Jaarja_vallakohus, lk 6
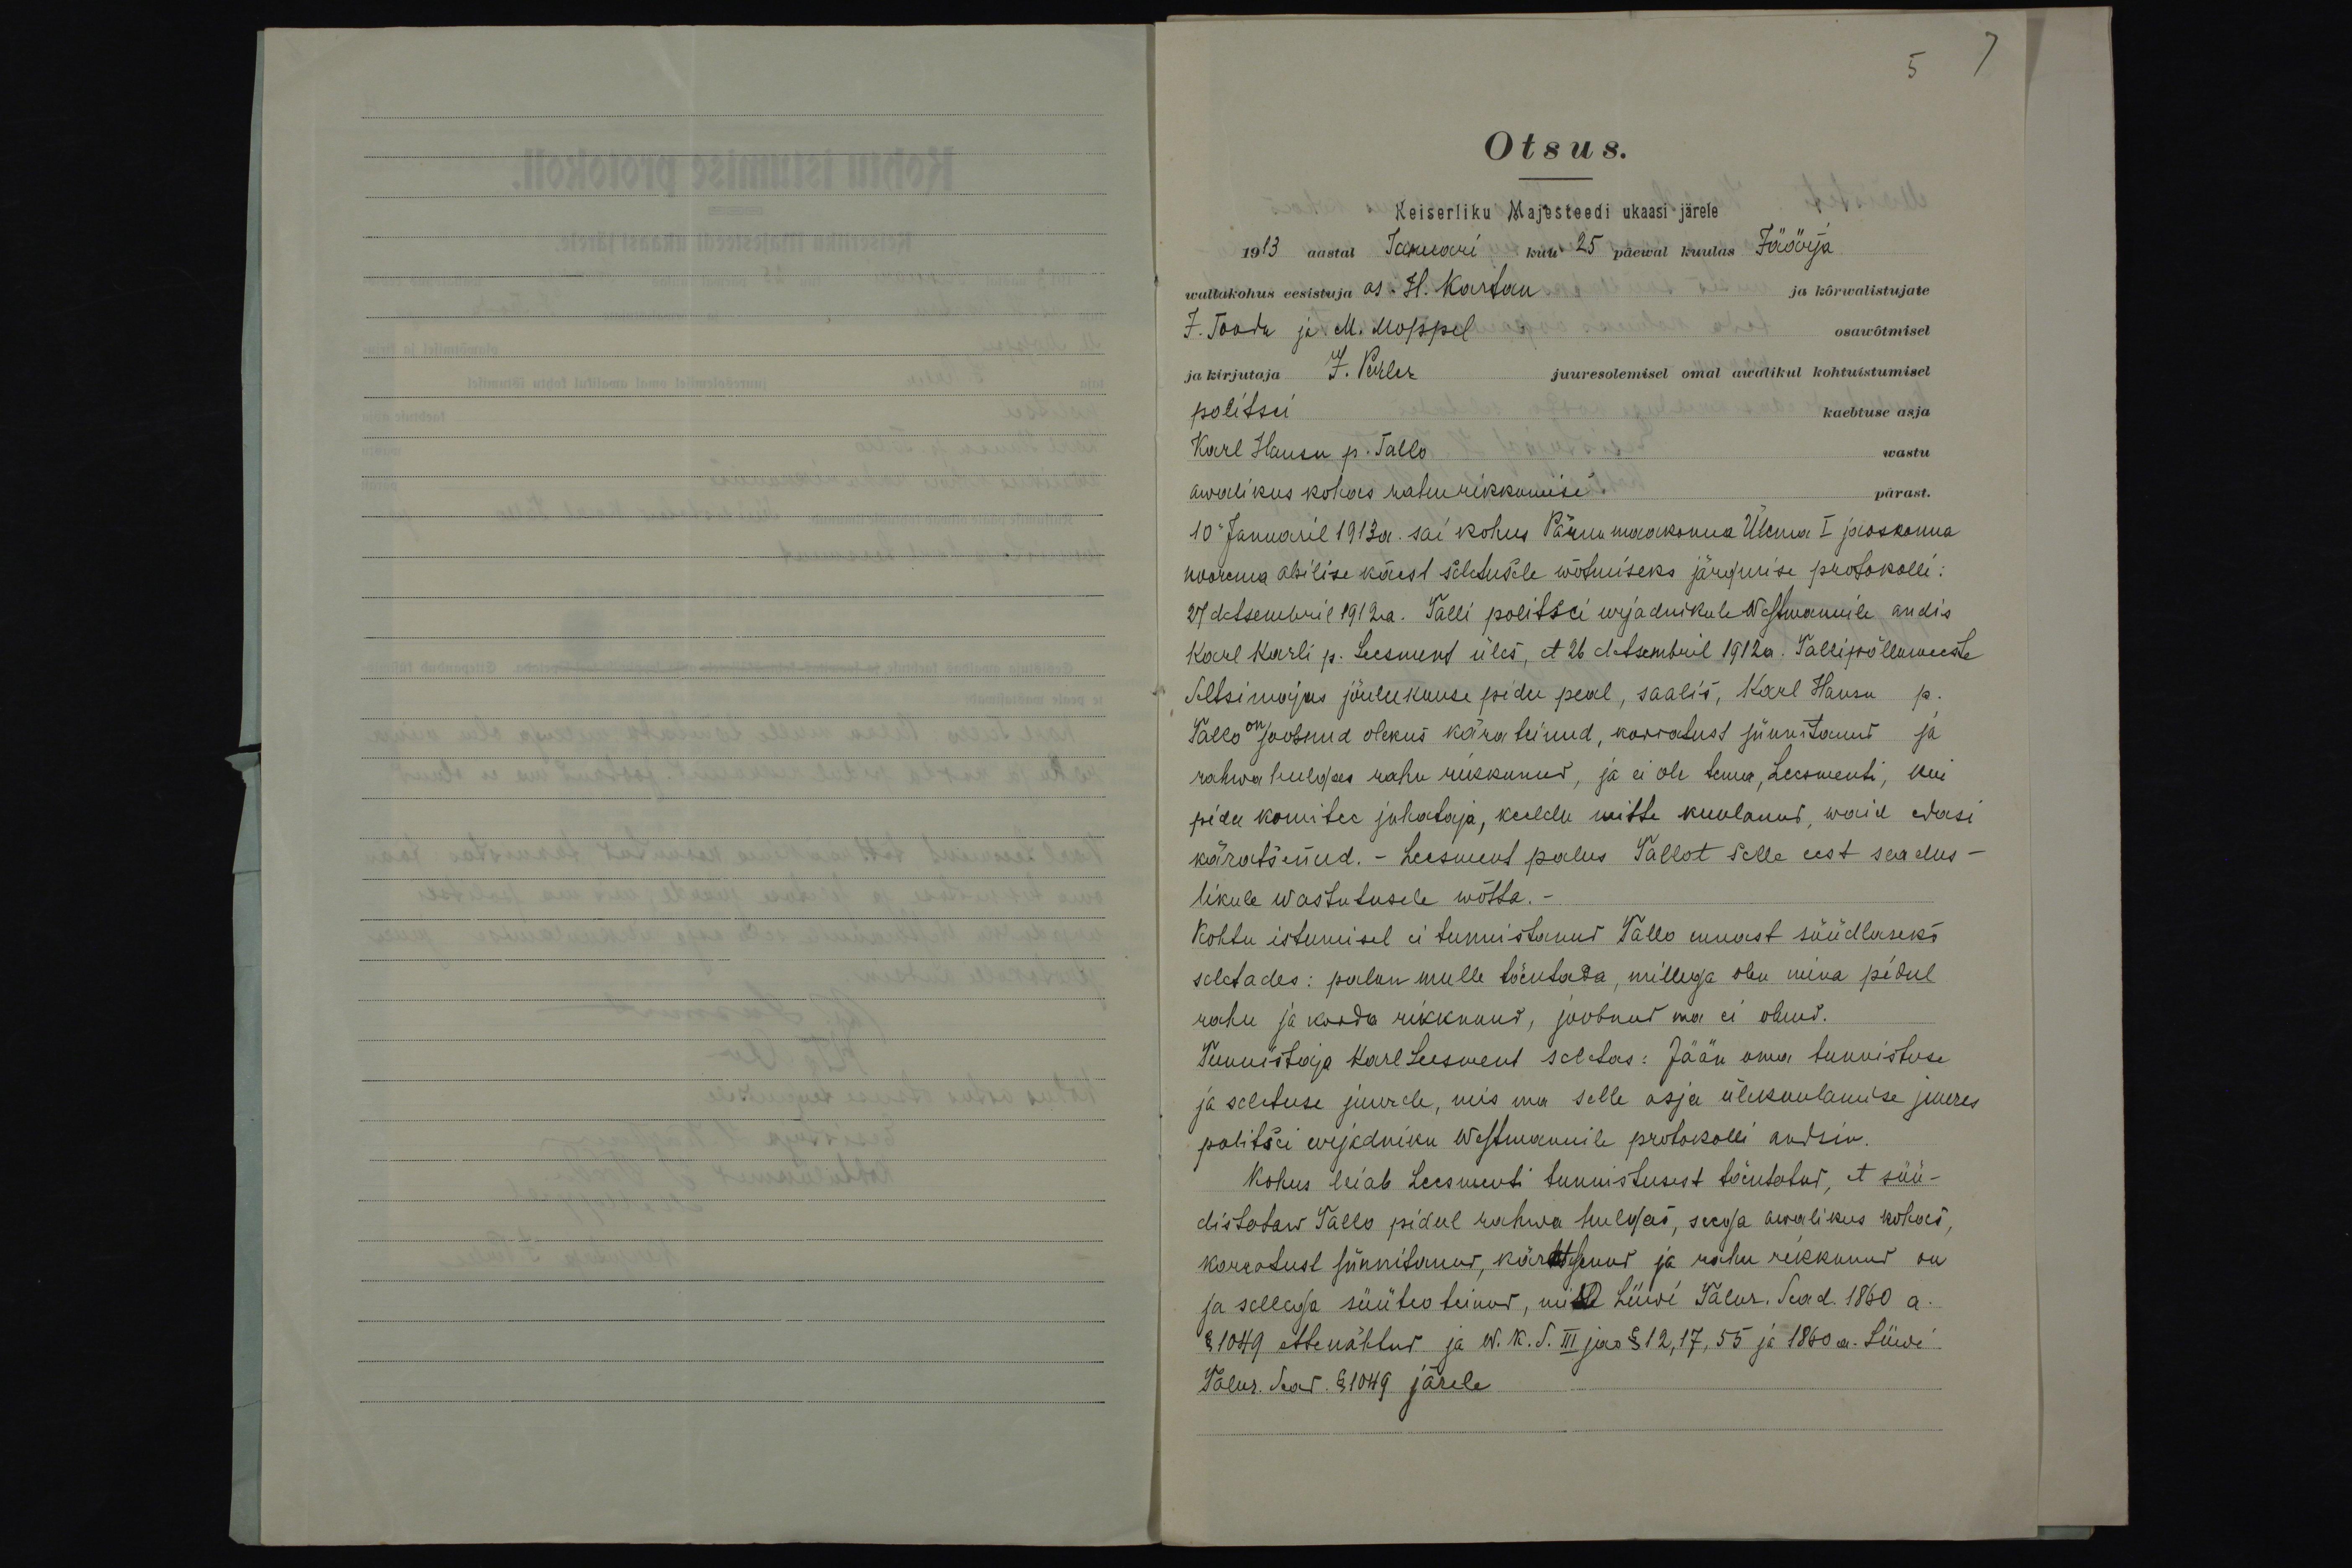
5 7

Otsus.
Keiserliku Majesteedi ukaasi järele
1913 aastal Januari kuu 25 päewal kuulas Jäärja
wallakohus eesistuja as. H. Kartau
ja kõrvalistujate
J. Toodu ja M. Moppel
osawõtmisel
ja kirjutaja J. Perler
juuresolemisel omal awalikul kohtuistumisel
politsei
kaebtuse asja
Karl Hansu p. Tallo
wastu
awalikus kohas rahurikkumise pärast.
10 Januaril 1913a. sai kohus Pärnu maakonna Ülema I jaoskonna
noorema abilise kärest seletusele wõtmiseks järgmise protokolli:
27 detsembril 1912a. Talli politsei urjadnikule Westmannile andis.
Karl Karli p. Leesment üles, et 26 detsembril 1912a. Tallipõllumeeste
Seltsimajas jõulukuuse pidu peal, saalis, Karl Hansu p.
Tallo on joobnud olekus kära teinud, korratust sünnitanud ja
rahwa hulgas rahu rikkunud, ja ei ole tema, Leesmenti, kui
pidu komitee juhataja, keeldu mitte kuulanud, waid edasi
käratsenud. - Leesment palus Tallot selle eest seadus-
likule wastutusele wõtta.
Kohtu istumisel ei tunnistanud Tallo ennast süüdlaseks
seletades: palun mulle tõentada, millega olen mina pidul
rahu ja korda rikkunud, joobnud ma ei olnud.
Tunnistaja Karl Leesment seletas: Jään oma tunnistuse
ja seletuse juurde, mis ma selle asja ülekuulamise juures
politsei urjadniku Westmannile protokolli andsin.
Kohus leiab Leesmenti tunnistusest tõentatud, et süü-
distataw Tallo pidul rahwa hulgas, seega awalikus kohas,
korratust sünnitanud, käratsenud ja rahu rikkunud on
ja sellega süüteo teinud, mille Liiwi Talur. Sead. 1860 a.
§ 1049 ettenähtud ja W. K. S. III jao § 12, 17, 55 ja 1860 a. Liiwi
Talur. Sead. § 1049 järele